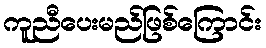
ကူညီပေးမည်ဖြစ်ကြောင်း